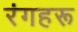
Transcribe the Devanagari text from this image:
रंगहरू